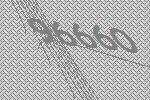
96660